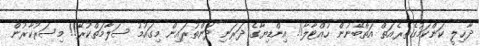
ދާޚިލީ ކަންކަމުގެތެރެއަތް އަތްބޭނުން ހުއްޓާލާ!! އިންޑިޔާގެ ދަރަނި ދަންތުރައިން މިގައުމު ސަލާމަތްކުރޭ!! މިސަރުކާރުން